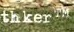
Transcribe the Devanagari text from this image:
जामडालिया